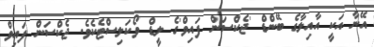
އޭނާ އަކީ އާއިލާގެ ބޭންޑް 'ޖެކްސަން ފައިވް'ގެ ލީޑް ވޯކަލިސްޓެކެވެ. ޖެކްސަން ފައިވް